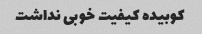
کوبیده کیفیت خوبی نداشت